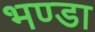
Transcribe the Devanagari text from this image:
भण्डा